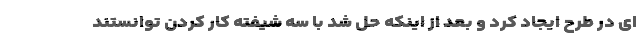
ای در طرح ایجاد کرد و بعد از اینکه حل شد با سه شیفته کار کردن توانستند